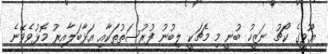
ޔޫވީގެ ކޯޗު ނަޒީހު ބުނީ މި މެޗަކީ ލިބުނު ފުރުސަތުތަކާއި އަޅާބަލާއިރު މޮޅުވެވޭނެ